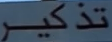
تذكر